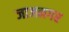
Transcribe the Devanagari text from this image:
जाजनगर